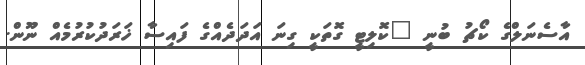
އާސެނަލްގެ ކޯޗު ބުނީ "ކޮލިޓީ ގޮތަކީ ގިނަ އަދަދެއްގެ ފައިސާ ޚަރަދުކުރުމެއް ނޫން.